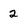
Character: 2